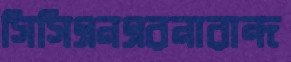
সিসিএনএরনারান্দ